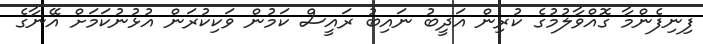
ފިނިފެންމާ ގޮއްވާލުމުގެ ކުރިން އަދީބު ނައިބު ރައީސް ކަމުން ވަކިކުރަން އުޅުނުކަމަށް އޭނާގެ